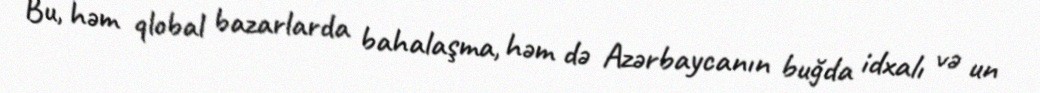
Bu, həm qlobal bazarlarda bahalaşma, həm də Azərbaycanın buğda idxalı və un